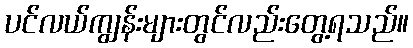
ပင်လယ်ကျွန်းများတွင်လည်းတွေ့ရသည်။